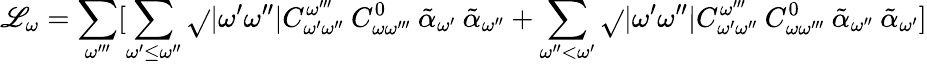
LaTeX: \mathscr{L}_{\omega}=\sum_{\omega^{\prime\prime\prime}}[\sum_{\omega^{\prime}\leq\omega^{\prime\prime}}\sqrt{}{{|\omega^{\prime}\omega^{\prime\prime}|}}C_{\omega^{\prime}\omega^{\prime\prime}}^{\omega^{\prime\prime\prime}}\: C_{\omega\omega^{\prime\prime\prime}}^{0}\: \tilde{{\alpha}}_{\omega^{\prime}}\: \tilde{{\alpha}}_{\omega^{\prime\prime}}+\sum_{\omega^{\prime\prime}<\omega^{\prime}}\sqrt{}{{|\omega^{\prime}\omega^{\prime\prime}|}}C_{\omega^{\prime}\omega^{\prime\prime}}^{\omega^{\prime\prime\prime}}\: C_{\omega\omega^{\prime\prime\prime}}^{0}\: \tilde{{\alpha}}_{\omega^{\prime\prime}}\: \tilde{{\alpha}}_{\omega^{\prime}}]